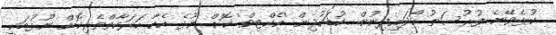
ކުޅެވޭނެ ފުރުސަތު ހޯދައިދިނުން. ކުޑަކުދިން 'އެކްޓިވް' ކޮށް ނޫޅެ އެހާ ހަރަކާތްތެރިކޮށް ނޫޅުމަކީ